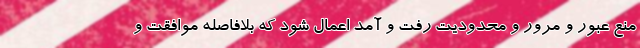
منع عبور و مرور و محدودیت رفت و آمد اعمال شود که بلافاصله موافقت و